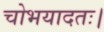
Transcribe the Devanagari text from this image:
चोभयादतः।